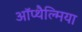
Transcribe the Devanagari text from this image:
ऑप्‍थैल्मिया